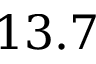
1 3 . 7